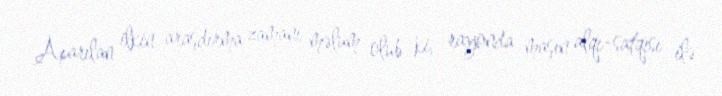
Aparılan ilkin araşdırma zamanı məlum olub ki, rayonda maşın alqı-satqısı ilə